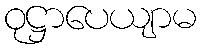
ဝုဋ္ဌာပေယျာမ